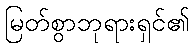
မြတ်စွာဘုရားရှင်၏